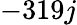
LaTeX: -319j